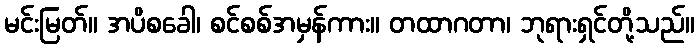
မင်းမြတ်။ အပိစခေါ၊ စင်စစ်အမှန်ကား။ တထာဂတာ၊ ဘုရားရှင်တို့သည်။